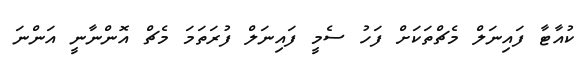
ކުއާޓާ ފައިނަލް މެޗްތަކަށް ފަހު ސެމީ ފައިނަލް ފުރަތަމަ މެޗް އޮންނާނީ އަންނަ